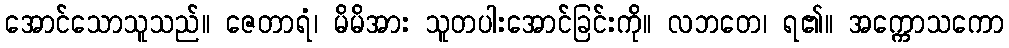
အောင်သောသူသည်။ ဇေတာရံ၊ မိမိအား သူတပါးအောင်ခြင်းကို။ လဘတေ၊ ရ၏။ အက္ကောသကော